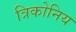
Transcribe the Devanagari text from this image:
त्रिकोनिय